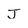
Character: j